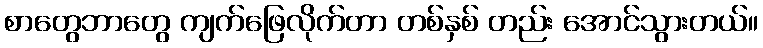
စာတွေဘာတွေ ကျက်ဖြေလိုက်တာ တစ်နှစ် တည်း အောင်သွားတယ်။